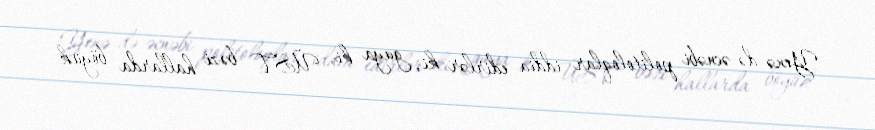
Yenə də əcnəbi politoloqlar iddia edirlər ki, guya ki, ÜST bəzi hallarda böyük